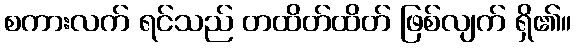
စကားလက် ရင်သည် တထိတ်ထိတ် ဖြစ်လျက် ရှိ၏။